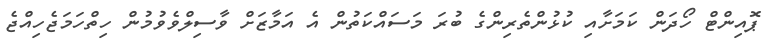
ޕޮއިންޓް ހޯދަން ކަމަށާއި ކުޅުންތެރިންގެ ބުރަ މަސައްކަތުން އެ އަމާޒަށް ވާސިލްވެވުމުން ހިތްހަމަޖެހިއްޖެ